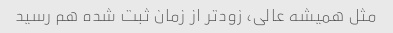
مثل همیشه عالی، زودتر از زمان ثبت شده هم رسید